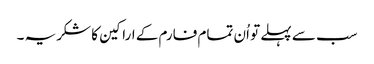
سب سے پہلے تو اُن تمام فارم کے اراکین کا شکریہ ۔